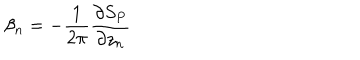
LaTeX: \beta _ { n } = - \frac { 1 } { 2 \pi } \frac { \partial S _ { P } } { \partial z _ { n } }